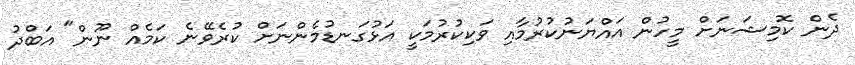
ދެން ކޮމިޝަނަށް މީހުން އައްޔަނުކުރުމާއި ވަކިކުރުމަކީ އަޅުގަނޑުމެންނަށް ކުރެވޭނެ ކަމެއް ނޫން" އަބްދު